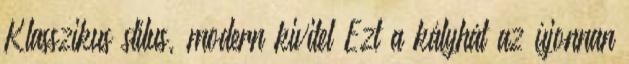
Klasszikus stílus, modern kivitel Ezt a kályhát az újonnan